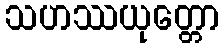
သဟဿယုတ္တော